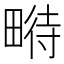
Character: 𤲵